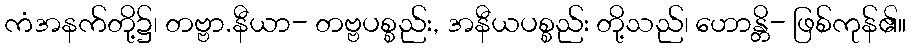
ကံအနက်တို့၌၊ တဗ္ဗာ.နီယာ- တဗ္ဗပစ္စည်း, အနီယပစ္စည်း တို့သည်၊ ဟောန္တိ- ဖြစ်ကုန်၏။